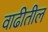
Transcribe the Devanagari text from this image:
वाढीतील